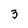
Character: 3